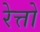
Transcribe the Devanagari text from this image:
रेत्तो